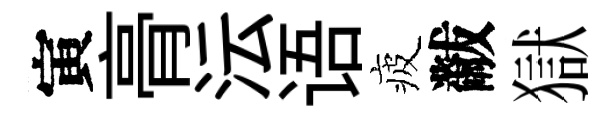
寅𮌔沄语疲黻獄